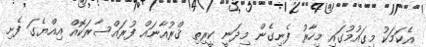
އެކަމަކު މިގައުމުގައި މިހާރު ފެނިގެން މިދަނީ ކީރިތި ޤްރުއާނައް ފުރައްސާރަކޮއް އިއްޔެގަ ފެށި